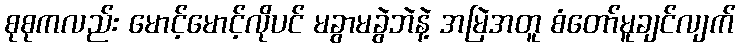
စုစုကလည်း မောင့်မောင့်လိုပင် မခွာမခွဲဘဲနဲ့ အမြဲအတူ စံတော်မူချင်လျက်